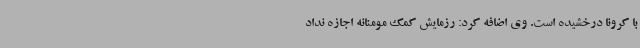
با کرونا درخشیده است. وی اضافه کرد: رزمایش کمک مومنانه اجازه نداد